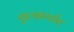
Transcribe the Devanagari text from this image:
गुलबर्ग्यात